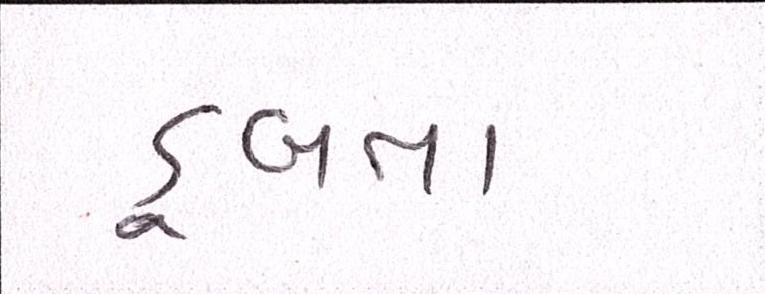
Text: ડૂબતા